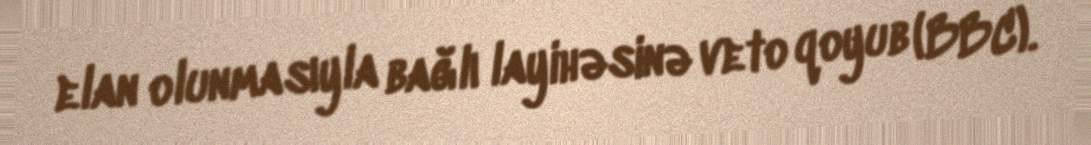
elan olunmasıyla bağlı layihəsinə veto qoyub (BBC).